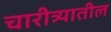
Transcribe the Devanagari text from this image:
चारीत्र्यातील